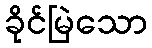
ခိုင်မြဲသော